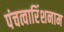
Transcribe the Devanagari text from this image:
पंचत्वारिंशनाम